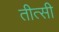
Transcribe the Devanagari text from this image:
तीत्सी